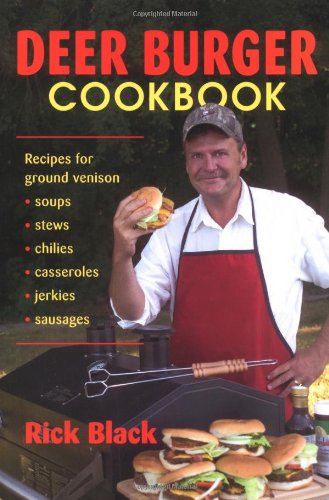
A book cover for Deer Burger Cookbook: Recipes for Ground Venison Soups, Stews, Chilies, Casseroles, Jerkies, Sausages; Rick Black; Cookbooks, Food & Wine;